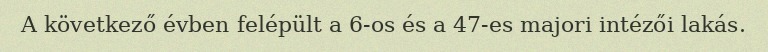
A következő évben felépült a 6-os és a 47-es majori intézői lakás.